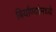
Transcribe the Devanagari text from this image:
बिर्याण्यांमध्ये